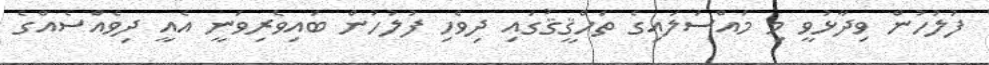
ފުލުހުން ވިދާޅުވީ މި މައްސަލައިގެ ތަހްޤީޤުގައި ދިވެހި ފުލުހުން ބައިވެރިވަނީ އެއީ ދިވެއްސެއްގެ